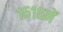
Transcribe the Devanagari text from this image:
१६१०में